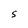
Character: S